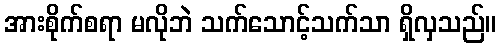
အားစိုက်စရာ မလိုဘဲ သက်သောင့်သက်သာ ရှိလှသည်။